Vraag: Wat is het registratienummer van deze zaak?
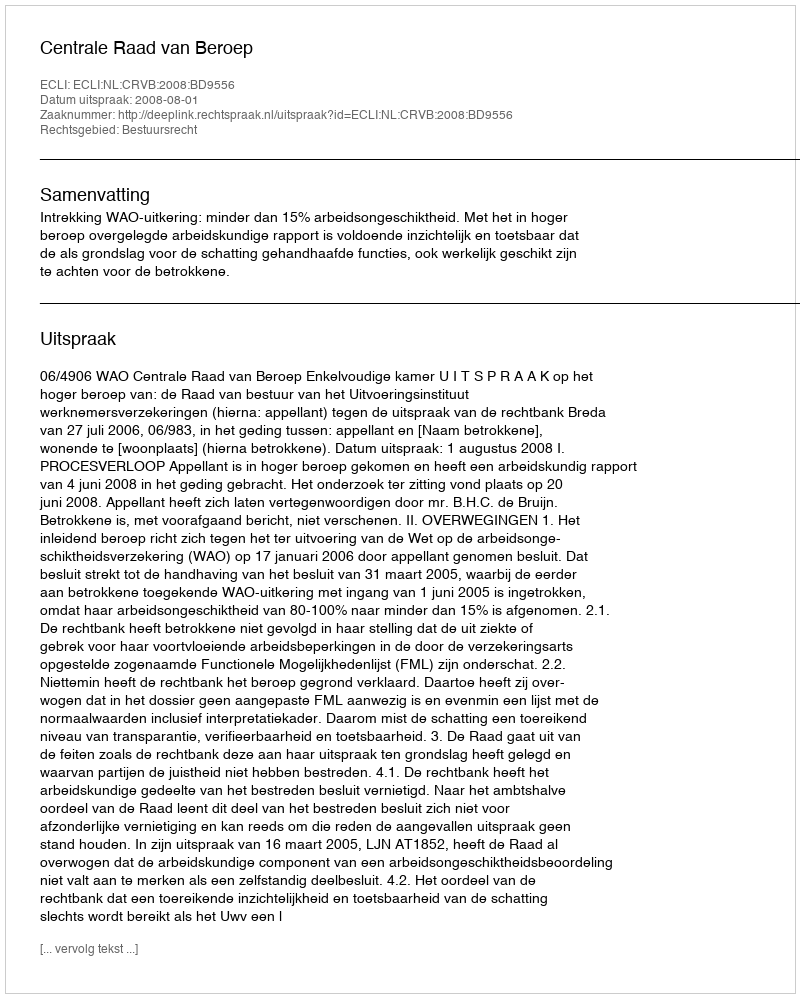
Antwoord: http://deeplink.rechtspraak.nl/uitspraak?id=ECLI:NL:CRVB:2008:BD9556